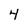
Character: 4